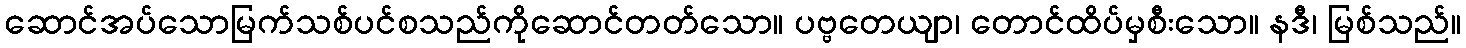
ဆောင်အပ်သောမြက်သစ်ပင်စသည်ကိုဆောင်တတ်သော။ ပဗ္ဗတေယျာ၊ တောင်ထိပ်မှစီးသော။ နဒီ၊ မြစ်သည်။